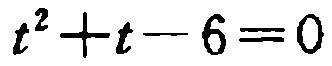
\(t^{2}+t - 6 = 0\)